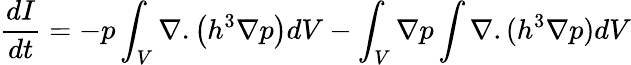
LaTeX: \frac{dI}{dt}=-p\int_{V}\nabla.\left(h^{3}\nabla p\right)dV-\int_{V}\nabla p\int\nabla.(h^{3}\nabla p)dV